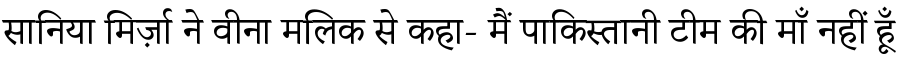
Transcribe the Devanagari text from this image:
सानिया मिर्ज़ा ने वीना मलिक से कहा- मैं पाकिस्तानी टीम की माँ नहीं हूँ